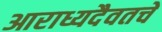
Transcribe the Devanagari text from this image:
आराध्यदैवतचे